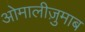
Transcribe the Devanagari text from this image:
ओमालीज़ुमाब